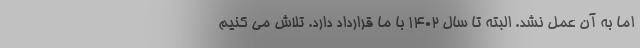
اما به آن عمل نشد. البته تا سال ۱۴۰۲ با ما قرارداد دارد. تلاش می کنیم